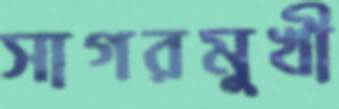
সাগরমুখী